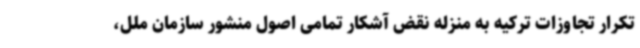
تکرار تجاوزات ترکیه به منزله نقض آشکار تمامی اصول منشور سازمان ملل،